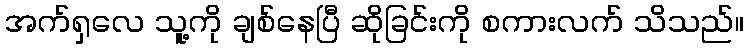
အက်ရှလေ သူ့ကို ချစ်နေပြီ ဆိုခြင်းကို စကားလက် သိသည်။